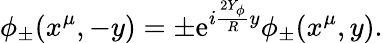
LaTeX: \phi_{\pm}(x^{\mu},-y)=\pm\mathrm{e}^{i\frac{2Y_{\phi}}{R}y}\phi_{\pm}(x^{\mu},y).